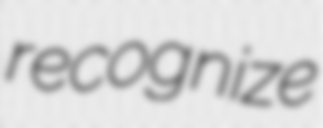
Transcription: recognize